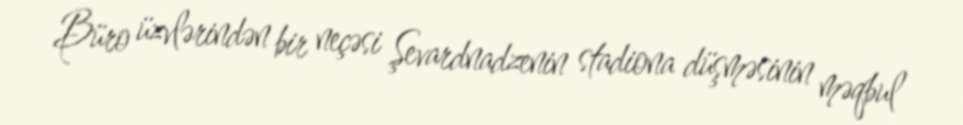
Büro üzvlərindən bir neçəsi Şevardnadzenin stadiona düşməsinin məqbul